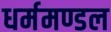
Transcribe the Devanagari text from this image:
धर्ममण्डल